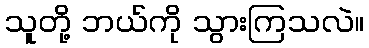
သူတို့ ဘယ်ကို သွားကြသလဲ။